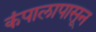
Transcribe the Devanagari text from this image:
कंपालापासून